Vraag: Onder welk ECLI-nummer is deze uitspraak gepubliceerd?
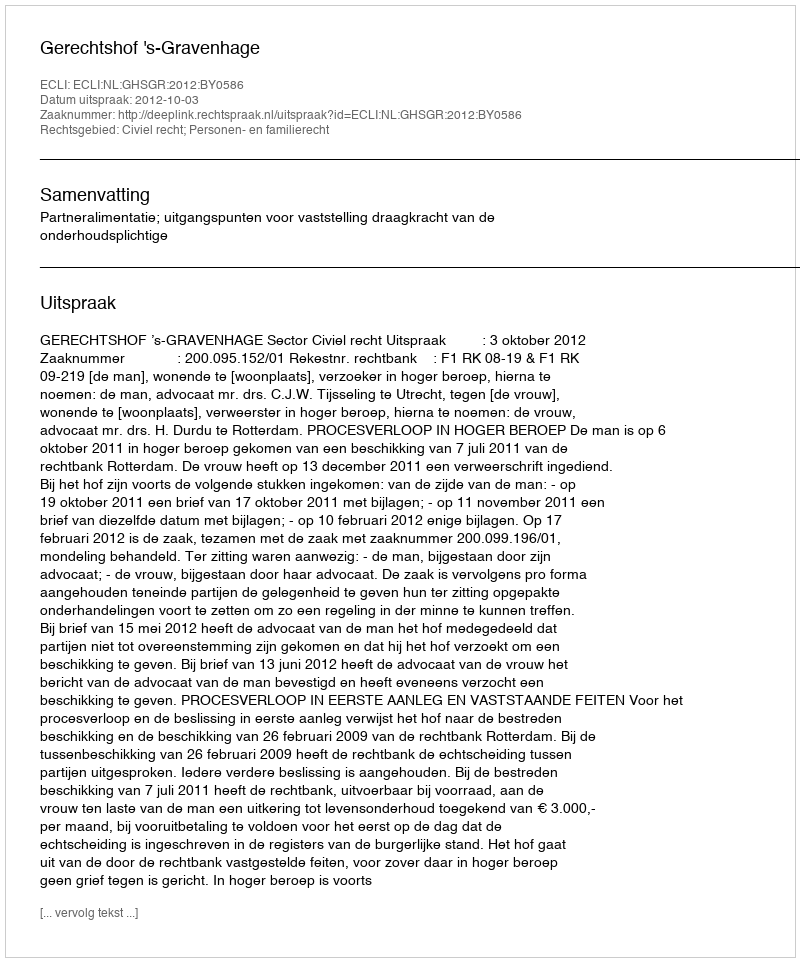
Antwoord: ECLI:NL:GHSGR:2012:BY0586